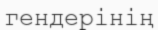
гендерінің